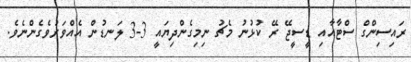
ރައިސިންގް ސްޓާއާއި ޑީސީޖޭ ރޭ ކުޅުނު މެޗު ނިމިގެންދިޔައީ 3-3 ލަނޑުން އެއްވަރުވެގެންނެވެ.